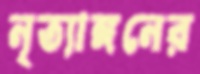
নৃত্যাঙ্গনের